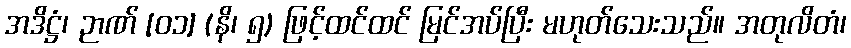
အဒိဋ္ဌံ၊ ဉာဏ် [၀၁] (နိ၊ ၅) ဖြင့်ထင်ထင် မြင်အပ်ပြီး မဟုတ်သေးသည်။ အတုလိတံ၊